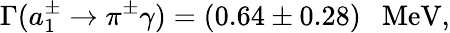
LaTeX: \Gamma(a_{1}^{\pm}\rightarrow\pi^{\pm}\gamma)=(0.64\pm 0.28)~~~\mathrm{MeV},